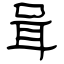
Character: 咠